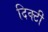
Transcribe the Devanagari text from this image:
दिक्टी